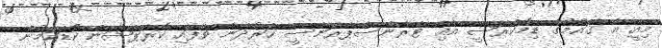
މިއީ އެ ޤައުމުގެ ޑިމޮކްރަސީ އާއި ޓްރާންސްޕޭރަންސީ ހަރުދަނާ ވެފައި ކޮރަޕްޝަން ކުޑަކަމުން